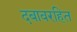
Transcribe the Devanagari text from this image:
दबावरहित